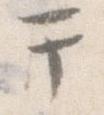
干